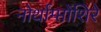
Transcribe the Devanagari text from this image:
नोर्थाम्प्तोंशिरे